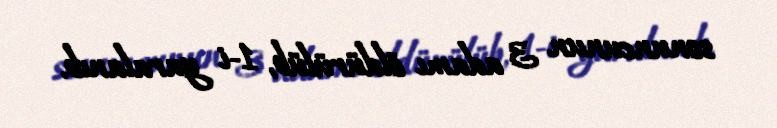
sonuncunun 3 adamı öldürülüb, 1-i yaralanıb.